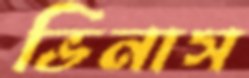
ভিনাস